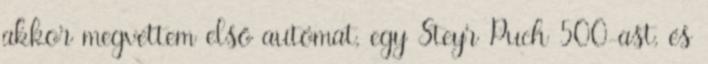
akkor megvettem első autómat, egy Steyr Puch 500-ast, és